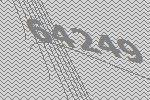
64249